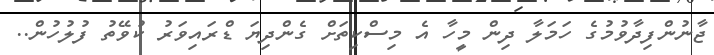
ޖާނުންފިދާވުމުގެ ހަމަލާ ދިން މީހާ އެ މިސްކިތަށް ގެންދިޔަ ޑްރައިވަރު ކުވޭތު ފުލުހުން..